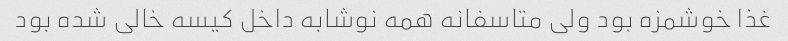
غذا خوشمزه بود ولی متاسفانه همه نوشابه داخل کیسه خالی شده بود